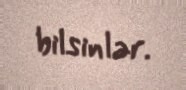
bilsinlər.